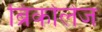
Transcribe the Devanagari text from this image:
ब्रिकोलेज